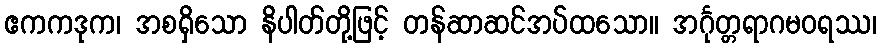
ဧကကဒုက၊ အစရှိသော နိပါတ်တို့ဖြင့် တန်ဆာဆင်အပ်ထသော။ အင်္ဂုတ္တရာဂမဝရဿ၊